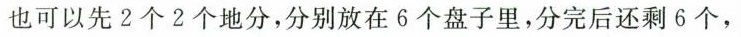
也可以先2个2个地分，分别放在6个盘子里，分完后还剩6个，